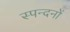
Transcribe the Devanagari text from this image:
स्पन्दनों